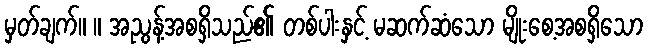
မှတ်ချက်။ ။ အညွန့်အစရှိသည်၏ တစ်ပါးနှင့် မဆက်ဆံသော မျိုးစေ့အစရှိသော